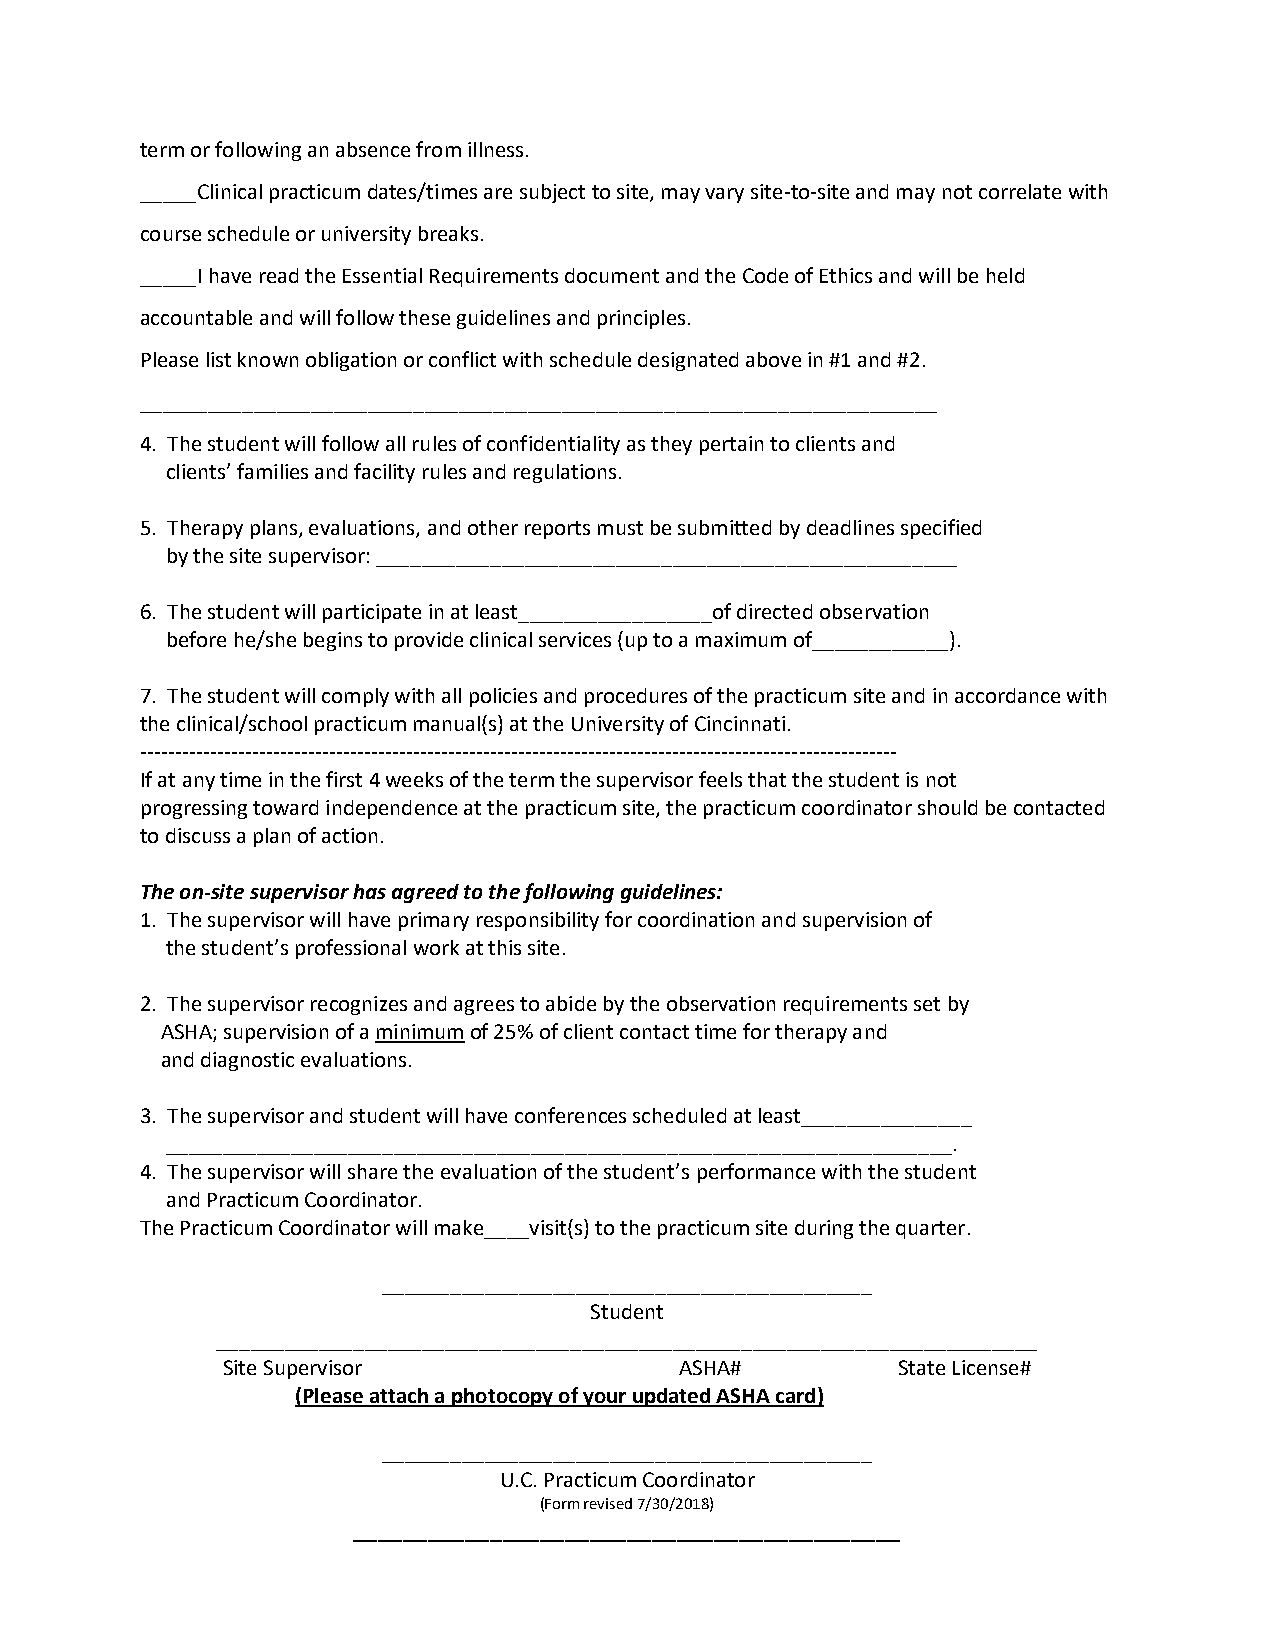
term or following an absence from illness.
 _____Clinical practicum dates/times are subject to site, may vary site-to-site and may not correlate with
 course schedule or university breaks.
 _____I have read the Essential Requirements document and the Code of Ethics and will be held
 accountable and will follow these guidelines and principles.
 Please list known obligation or conflict with schedule designated above in #1 and #2.
 ______________________________________________________________________
 4. The student will follow all rules of confidentiality as they pertain to clients and
 clients’ families and facility rules and regulations.
 5. Therapy plans, evaluations, and other reports must be submitted by deadlines specified
 by the site supervisor: ___________________________________________________
 6. The student will participate in at least_________________of directed observation
 before he/she begins to provide clinical services (up to a maximum of____________).
 7. The student will comply with all policies and procedures of the practicum site and in accordance with
 the clinical/school practicum manual(s) at the University of Cincinnati.
 ------------------------------------------------------------------------------------------------------------
 If at any time in the first 4 weeks of the term the supervisor feels that the student is not
 progressing toward independence at the practicum site, the practicum coordinator should be contacted
 to discuss a plan of action.
 The on-site supervisor has agreed to the following guidelines:
 1. The supervisor will have primary responsibility for coordination and supervision of
 the student’s professional work at this site.
 2. The supervisor recognizes and agrees to abide by the observation requirements set by
 ASHA; supervision of a minimum of 25% of client contact time for therapy and
 and diagnostic evaluations.
 3. The supervisor and student will have conferences scheduled at least_______________
 _____________________________________________________________________.
 4. The supervisor will share the evaluation of the student’s performance with the student
 and Practicum Coordinator.
 The Practicum Coordinator will make____visit(s) to the practicum site during the quarter.
 ___________________________________________
 Student
 ________________________________________________________________________
 Site Supervisor               ASHA#         State License#
 (Please attach a photocopy of your updated ASHA card)
 ___________________________________________
 U.C. Practicum Coordinator
 (Form revised 7/30/2018)
 ____________________________________________